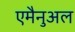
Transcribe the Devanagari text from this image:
एमैनुअल